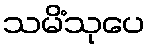
သမိံသုပေ